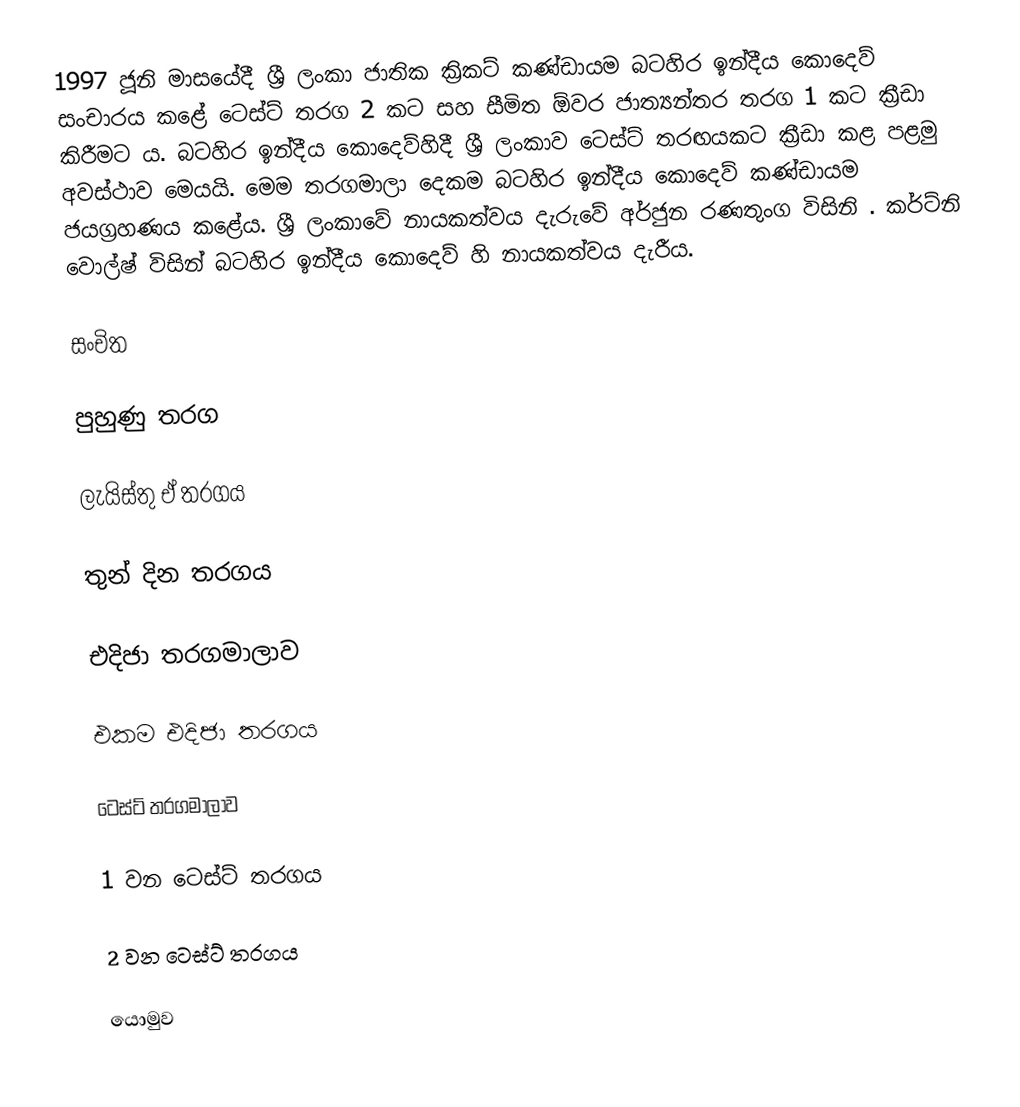
1997 ජූනි මාසයේදී ශ්‍රී ලංකා ජාතික ක්‍රිකට් කණ්ඩායම බටහිර ඉන්දීය කොදෙව් සංචාරය කළේ ටෙස්ට් තරග 2 කට සහ සීමිත ඕවර ජාත්‍යන්තර තරග 1 කට ක්‍රීඩා කිරීමට ය. බටහිර ඉන්දීය කොදෙව්හිදී ශ්‍රී ලංකාව ටෙස්ට් තරඟයකට ක්‍රීඩා කළ පළමු අවස්ථාව මෙයයි. මෙම තරගමාලා දෙකම බටහිර ඉන්දීය කොදෙව් කණ්ඩායම ජයග්‍රහණය කළේය. ශ්‍රී ලංකාවේ නායකත්වය දැරුවේ අර්ජුන රණතුංග විසිනි . කර්ට්නි වොල්ෂ් විසින් බටහිර ඉන්දීය කොදෙව් හි නායකත්වය දැරීය.

සංචිත

පුහුණු තරග

ලැයිස්තු ඒ තරගය

තුන් දින තරගය

එදිජා තරගමාලාව

එකම එදිජා තරගය

ටෙස්ට් තරගමාලාව

1 වන ටෙස්ට් තරගය

2 වන ටෙස්ට් තරගය

යොමුව